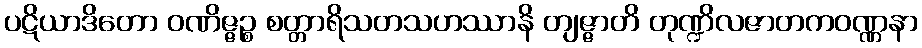
ပဋိယာဒိတော ဝဏိဇ္ဇဉ္စ စတ္တာရိသတသဟဿာနိ တျဇ္ဇာတိ တုဏ္ဍိလဇာတကဝဏ္ဏနာ